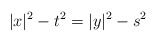
\begin{align*} |x|^2-t^2=|y|^2-s^2 \end{align*}